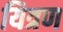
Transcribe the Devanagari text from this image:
यित्रण